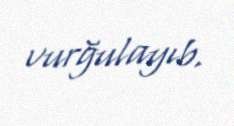
vurğulayıb.